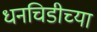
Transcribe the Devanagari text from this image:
धनचिडीच्या